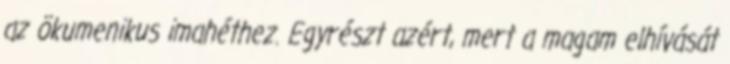
az ökumenikus imahéthez. Egyrészt azért, mert a magam elhívását